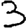
Digit: 3